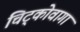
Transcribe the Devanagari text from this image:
चिट्कोवागा